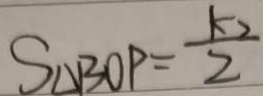
S _ { \Delta B O P } = \frac { k _ { 2 } } { 2 }